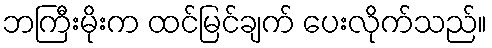
ဘကြီးမိုးက ထင်မြင်ချက် ပေးလိုက်သည်။